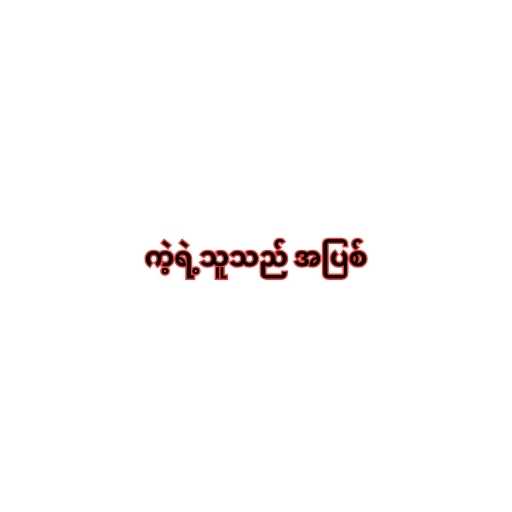
ကဲ့ရဲ့သူသည် အပြစ်